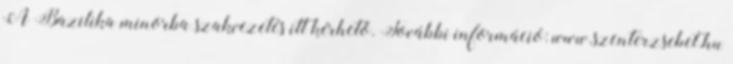
A Bazilika minorba szakvezetés itt kérhető. További információ: www.szenterzsebet.hu